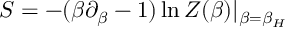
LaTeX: S = - ( \beta \partial _ { \beta } - 1 ) \ln Z ( \beta ) | _ { \beta = \beta _ { H } }